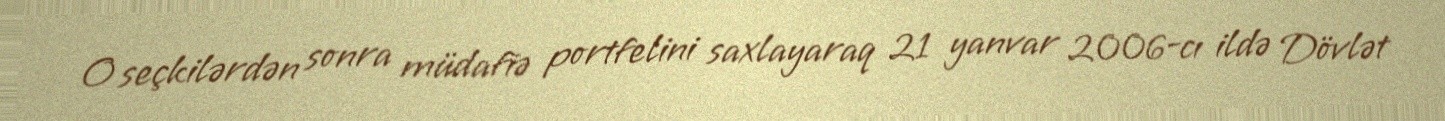
O seçkilərdən sonra müdafiə portfelini saxlayaraq 21 yanvar 2006-cı ildə Dövlət